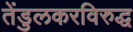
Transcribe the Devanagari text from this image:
तेंडुलकरविरुद्ध